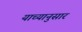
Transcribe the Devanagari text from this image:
याच्यानुसार